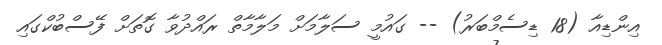
އިންޑިއާ (18 ޑިސެމްބަރު) -- ގައުމީ ސަލާމަށް މަލާމާތް ރައްދުވާ ގޮތަށް ފޭސްބުކްގައި